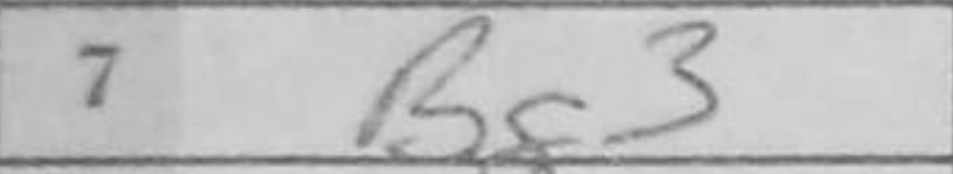
Transcription: Bg3